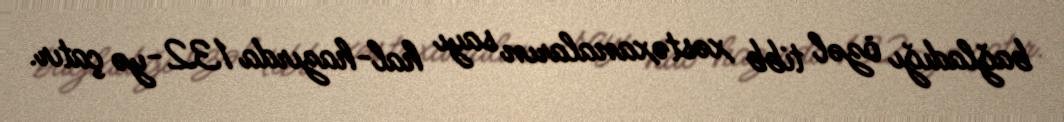
bağladığı özəl tibb xəstəxanaların sayı hal-hazırda 132-yə çatır.